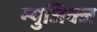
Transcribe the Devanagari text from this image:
म्युजिक्ज